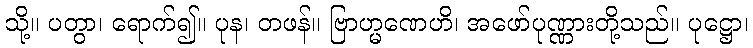
သို့။ ပတွာ၊ ရောက်၍။ ပုန၊ တဖန်။ ဗြာဟ္မဏေဟိ၊ အဖော်ပုဏ္ဏားတို့သည်။ ပုဋ္ဌော၊